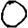
Digit: 0